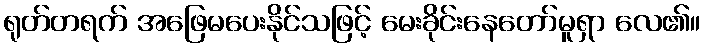
ရုတ်တရက် အဖြေမပေးနိုင်သဖြင့် မေးခိုင်းနေတော်မူရှာ လေ၏။